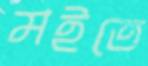
মইতে